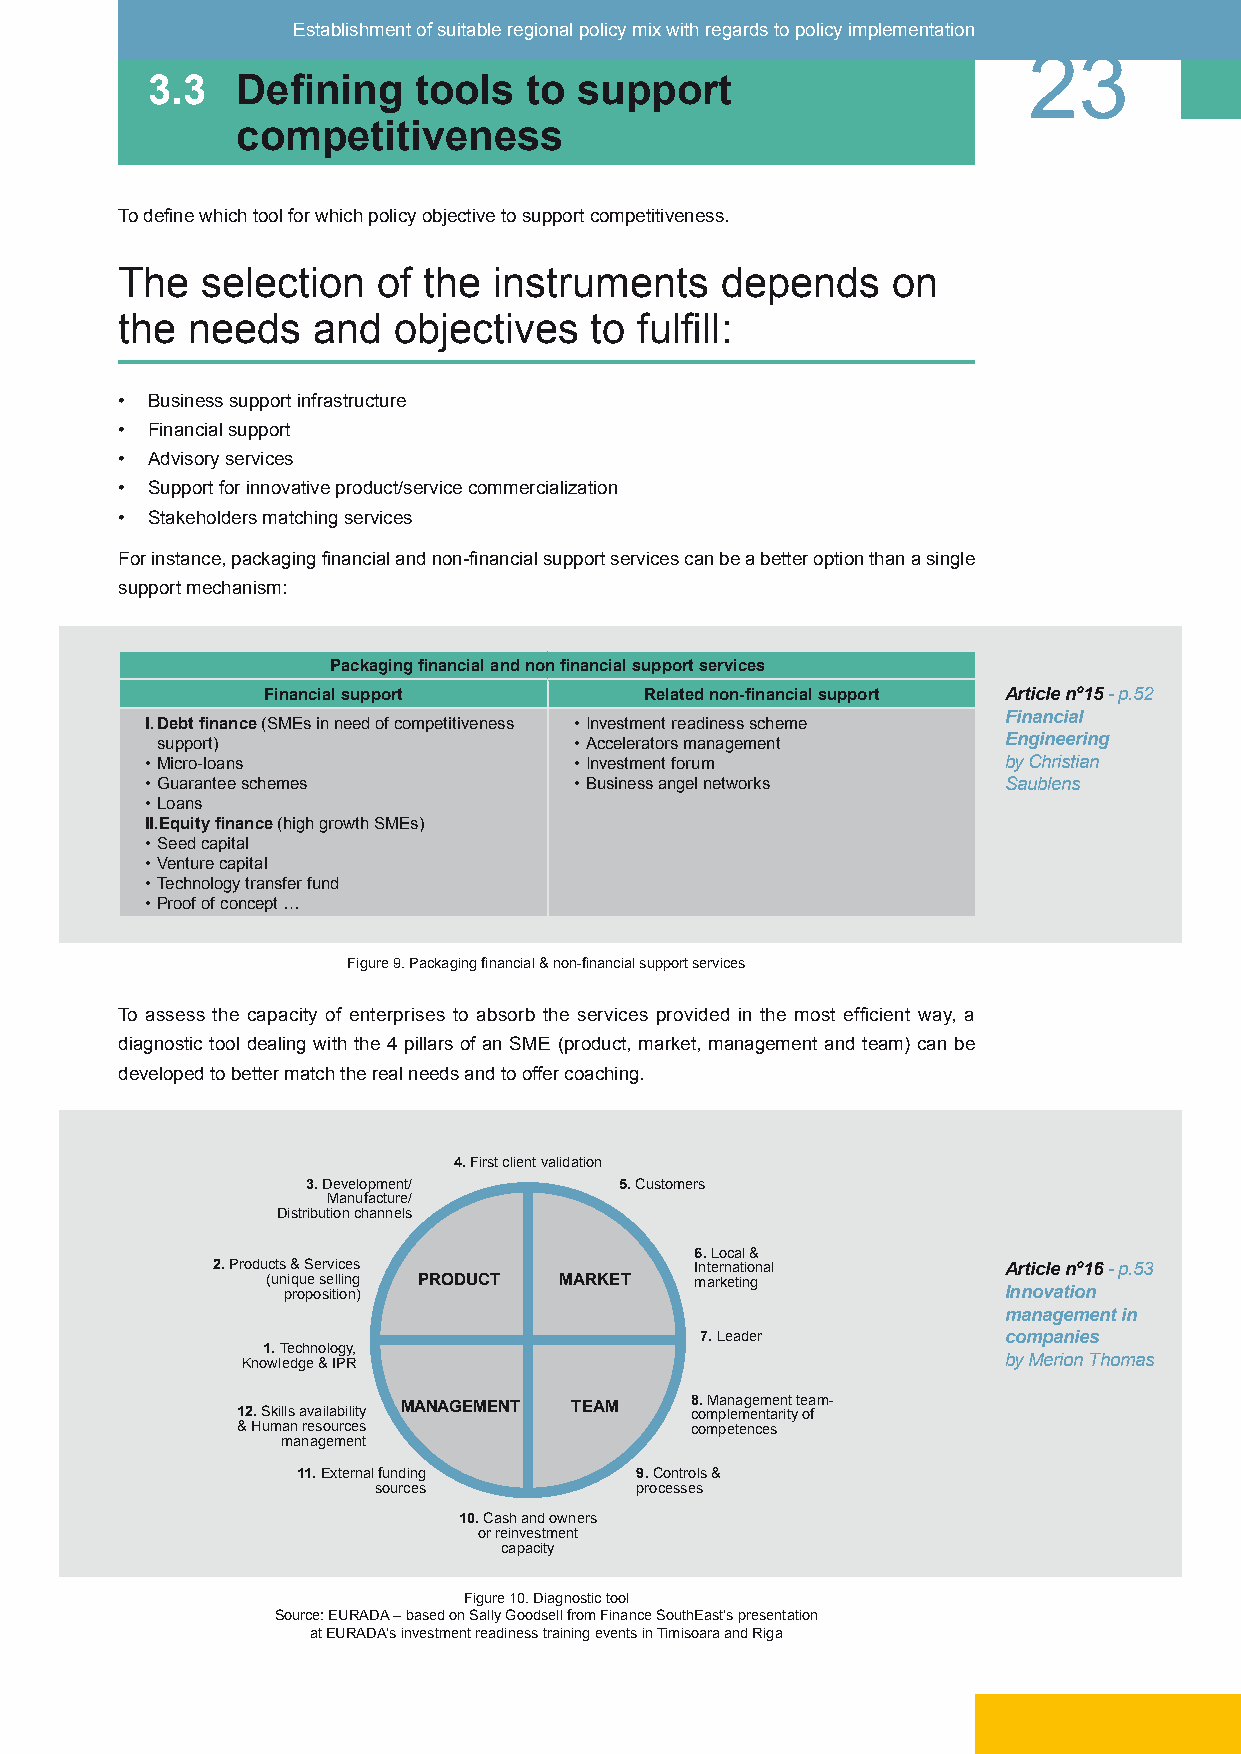
Establishment of suitable regional policy mix with regards to policy implementation
 23
 3.3   Defining   tools   to support
 competitiveness
 To define which tool for which policy objective to support competitiveness.
 The  selection   of the  instruments    depends    on
 the needs    and  objectives   to fulfill:
 • Business support infrastructure
 • Financial support
 • Advisory services
 • Support for innovative product/service commercialization
 • Stakeholders matching services
 For instance, packaging financial and non-financial support services can be a better option than a single
 support mechanism:
 Packaging financial and non financial support services
 Financial support         Related non-financial support Article nº15 - p.52
 Financial
 I. Debt finance (SMEs in need of competitiveness • Investment readiness scheme
 support)                    • Accelerators management   Engineering
 • Micro-loans               • Investment forum          by Christian
 • Guarantee schemes         • Business angel networks   Saublens
 • Loans
 II.Equity finance (high growth SMEs)
 • Seed capital
 • Venture capital
 • Technology transfer fund
 • Proof of concept …
 Figure 9. Packaging financial & non-financial support services
 To assess the capacity of enterprises to absorb the services provided in the most efficient way, a
 diagnostic tool dealing with the 4 pillars of an SME (product, market, management and team) can be
 developed to better match the real needs and to offer coaching.
 4. First client validation
 3. Development/      5. Customers
 Manufacture/
 Distribution channels
 6. Local &
 2. Products & Services          International       Article nº16 - p.53
 (unique selling PRODUCT MARKET marketing
 proposition)                                   Innovation
 management in
 7. Leader           companies
 1. Technology,
 Knowledge & IPR                                   by Merion Thomas
 12. Skills availability MANAGEMENT TEAM 8 co. mM pa ln ea mg ee nm tae rn itt y t e oa f m-
 & Human resources             competences
 management
 11. External funding  9. Controls &
 sources          processes
 10. Cash and owners
 or reinvestment
 capacity
 Figure 10. Diagnostic tool
 Source: EURADA – based on Sally Goodsell from Finance SouthEast’s presentation
 at EURADA’s investment readiness training events in Timisoara and Riga